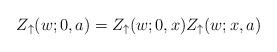
LaTeX: \begin{align*}Z_\uparrow (w; 0,a) = Z_\uparrow (w; 0,x) Z_\uparrow (w; x,a)\end{align*}